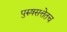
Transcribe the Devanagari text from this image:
पुरुषसत्तेतच